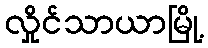
လှိုင်သာယာမြို့